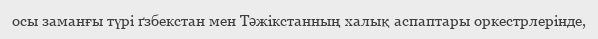
осы заманғы түрі ґзбекстан мен Тәжікстанның халық аспаптары оркестрлерінде,